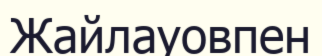
Жайлауовпен